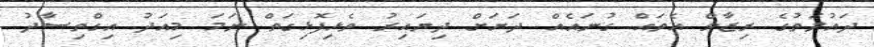
ދައުލަތުގެ ރިޒާވް އެތައް ގުނައެއް ދަށަށް ދިޔައިރު ތެޅިފޮޅިގަތް ނަމަ މިއަދު އިގްތިސާދު